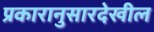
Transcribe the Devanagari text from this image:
प्रकारानुसारदेखील